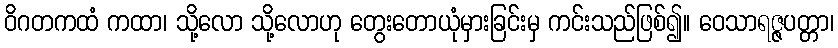
ဝိဂတကထံ ကထာ၊ သို့လော သို့လောဟု တွေးတောယုံမှားခြင်းမှ ကင်းသည်ဖြစ်၍။ ဝေသာရဇ္ဇပတ္တာ၊